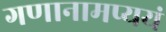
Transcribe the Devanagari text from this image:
गणानामप्ययं